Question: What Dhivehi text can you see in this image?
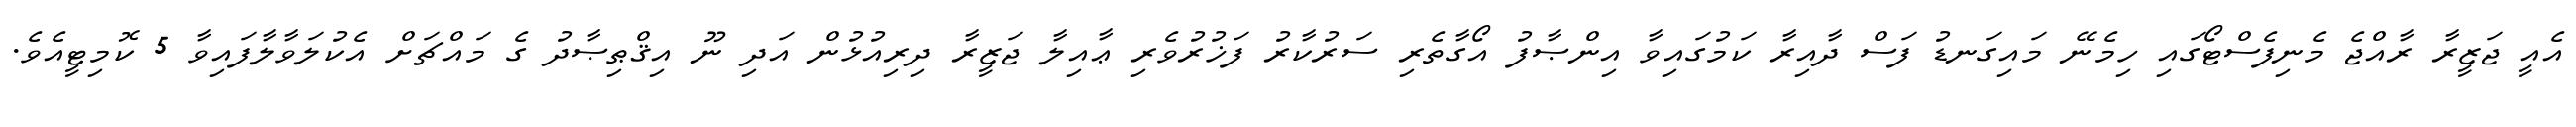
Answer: އެއީ ޖަޒީރާ ރާއްޖެ މެނިފެސްޓޯގައި ހިމެނޭ މައިގަނޑު ފަސް ދާއިރާ ކަމުގައިވާ އިންޞާފު އޯގާތެރި ސަރުކާރު ފަޚުރުވެރި ޢާއިލާ ޖަޒީރާ ދިރިއުޅުން އަދި ނޫ އިޤްޠިޞާދު ގެ މައްޗަށް އެކުލަވާލާފައިވާ 5 ކޮމިޓީއެވެ.